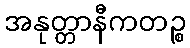
အနုတ္တာနီကတဉ္စ